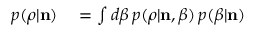
\begin{array} { r l } { p ( \boldsymbol { \rho } | { \bf n } ) } & { { } = \int d \beta \, p ( \boldsymbol { \rho } | { \bf n } , \beta ) \, p ( \beta | { \bf n } ) } \end{array}